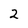
Character: 2